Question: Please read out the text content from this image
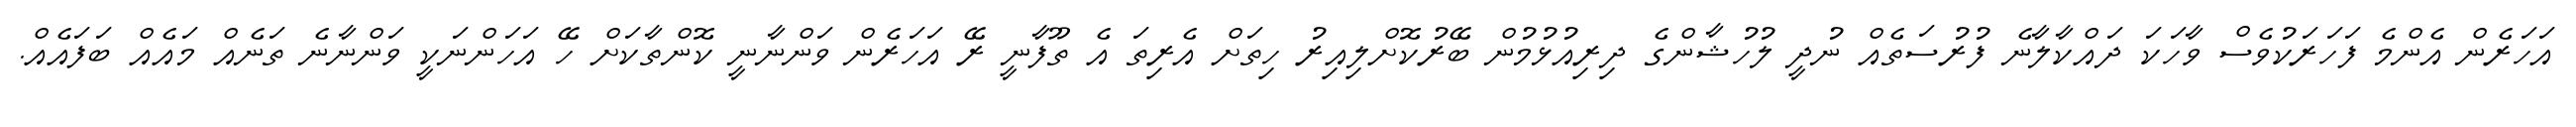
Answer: އަހަރެން އެންމެ ފަހަރަކުވެސް ވާހަކަ ދައްކާލާނެ ފުރުސަތެއް ނުދީ ލުހުޝާންގެ ދިރިއުޅުމުން ބޭރުކޮށްލިއިރު ހިތަށް އެރިތަ އެ ތޫފާނީ ރޭ އަހަރެން ވަންނާނީ ކޮންތާކަށް ހޭ އަހަންނަކީ ވަންނާނެ ތަނެއް މައެއް ބަފައެއް.